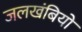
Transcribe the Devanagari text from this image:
जलखंबियों